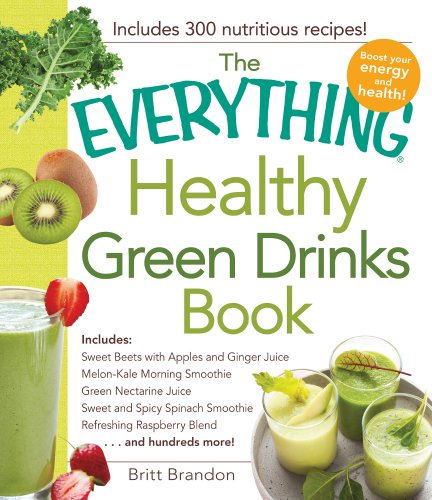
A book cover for The Everything Healthy Green Drinks Book: Includes Sweet Beets with Apples and Ginger Juice, Melon-Kale Morning Smoothie, Green Nectarine Juice, Sweet ... Refreshing Raspberry Blend and hundreds more!; Britt Brandon CFNS  CPT; Cookbooks, Food & Wine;